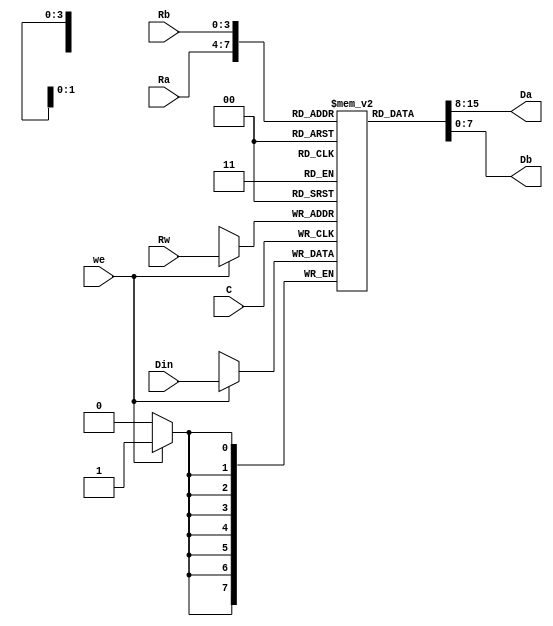
/*
 * Generated by Digiblock. Don't modify this file!
 * Any changes will be lost if this file is regenerated.
 */
module DIG_RegisterFile
#(
    parameter Bits = 8,
    parameter AddrBits = 4
)
(
    input [(Bits-1):0] Din,
    input we,
    input [(AddrBits-1):0] Rw,
    input C,
    input [(AddrBits-1):0] Ra,
    input [(AddrBits-1):0] Rb,
    output [(Bits-1):0] Da,
    output [(Bits-1):0] Db
);

    reg [(Bits-1):0] memory[0:((1 << AddrBits)-1)];

    assign Da = memory[Ra];
    assign Db = memory[Rb];

    always @ (posedge C) begin
        if (we)
            memory[Rw] <= Din;
    end
endmodule
module DIG_ROM_256X8_rom (
    input [7:0] A,
    input sel,
    output reg [7:0] D
);
    reg [7:0] my_rom [0:31];

    always @ (*) begin
        if (~sel)
            D = 8'hz;
        else if (A > 8'h1f)
            D = 8'h0;
        else
            D = my_rom[A];
    end

    initial begin
        my_rom[0] = 8'hff;
        my_rom[1] = 8'h0;
        my_rom[2] = 8'h0;
        my_rom[3] = 8'h0;
        my_rom[4] = 8'h0;
        my_rom[5] = 8'h0;
        my_rom[6] = 8'hf;
        my_rom[7] = 8'h0;
        my_rom[8] = 8'h0;
        my_rom[9] = 8'h0;
        my_rom[10] = 8'h0;
        my_rom[11] = 8'h0;
        my_rom[12] = 8'h0;
        my_rom[13] = 8'h0;
        my_rom[14] = 8'h0;
        my_rom[15] = 8'h0;
        my_rom[16] = 8'h0;
        my_rom[17] = 8'h0;
        my_rom[18] = 8'h0;
        my_rom[19] = 8'h0;
        my_rom[20] = 8'h0;
        my_rom[21] = 8'h0;
        my_rom[22] = 8'h0;
        my_rom[23] = 8'h0;
        my_rom[24] = 8'h0;
        my_rom[25] = 8'h0;
        my_rom[26] = 8'h0;
        my_rom[27] = 8'h0;
        my_rom[28] = 8'h0;
        my_rom[29] = 8'h0;
        my_rom[30] = 8'h0;
        my_rom[31] = 8'h1;
    end
endmodule
module DIG_RAMDualAccess
#(
    parameter Bits = 8,
    parameter AddrBits = 4
)
(
    input C, // Clock signal
    input ld,
    input [(AddrBits-1):0] \1A ,
    input [(AddrBits-1):0] \2A ,
    input [(Bits-1):0] \1Din ,
    input str,
    output [(Bits-1):0] \1D ,
    output [(Bits-1):0] \2D
);
    // CAUTION: uses distributed RAM
    reg [(Bits-1):0] memory [0:((1 << AddrBits)-1)];

    assign \1D = ld? memory[\1A ] : 'hz;
    assign \2D = memory[\2A ];

    always @ (posedge C) begin
        if (str)
            memory[\1A ] <= \1Din ;
    end

endmodule
module DIG_RAMDualPort
#(
    parameter Bits = 8,
    parameter AddrBits = 4
)
(
  input [(AddrBits-1):0] A,
  input [(Bits-1):0] Din,
  input str,
  input C,
  input ld,
  output [(Bits-1):0] D
);
  reg [(Bits-1):0] memory[0:((1 << AddrBits) - 1)];

  assign D = ld? memory[A] : 'hz;

  always @ (posedge C) begin
    if (str)
      memory[A] <= Din;
  end
endmodule

module memory (
  input we,
  input [1:0] Rw,
  input clock,
  input [1:0] Ra,
  input [7:0] Data,
  input [1:0] Rb,
  input [7:0] A,
  input CS,
  input [7:0] Addr, // A
  input [7:0] Din,
  input str,
  input C,
  input Id,
  input clk,
  input OE,
  input [1:0] Addr1,
  input [7:0] D,
  input W,
  input [1:0] Addr2,
  output [7:0] Da,
  output [7:0] Db,
  output [7:0] Do,
  output [7:0] Dout,
  output [7:0] D1,
  output [7:0] D2
);
  DIG_RegisterFile #(
    .Bits(8),
    .AddrBits(2)
  )
  DIG_RegisterFile_i0 (
    .Din( Data ),
    .we( we ),
    .Rw( Rw ),
    .C( clock ),
    .Ra( Ra ),
    .Rb( Rb ),
    .Da( Da ),
    .Db( Db )
  );
  // rom
  DIG_ROM_256X8_rom DIG_ROM_256X8_rom_i1 (
    .A( A ),
    .sel( CS ),
    .D( Do )
  );
  DIG_RAMDualAccess #(
    .Bits(8),
    .AddrBits(2)
  )
  DIG_RAMDualAccess_i2 (
    .str( W ),
    .C( clk ),
    .ld( OE ),
    .\1A ( Addr1 ),
    .\1Din ( D ),
    .\2A ( Addr2 ),
    .\1D ( D1 ),
    .\2D ( D2 )
  );
  DIG_RAMDualPort #(
    .Bits(8),
    .AddrBits(8)
  )
  DIG_RAMDualPort_i3 (
    .A( Addr ),
    .Din( Din ),
    .str( str ),
    .C( C ),
    .ld( Id ),
    .D( Dout )
  );
endmodule